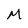
Character: M